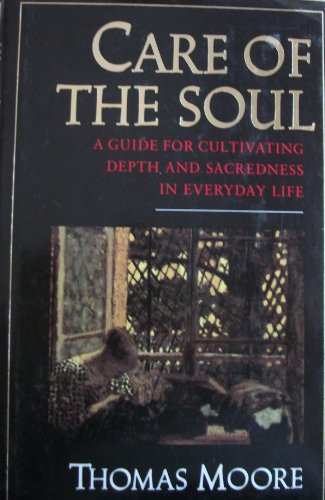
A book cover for Care of the Soul: A Guide for Cultivating Depth and Sacredness in Everyday Life; Thomas Moore; Christian Books & Bibles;